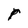
Character: r